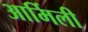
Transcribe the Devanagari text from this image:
आर्मिली